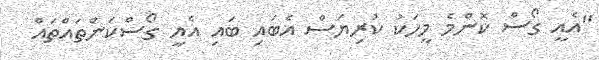
"އެއީ ގޯސް ކޮންމެ މީހަކު ކުރިޔަސް އެބައި ބައި އެއީ ގޯސްކަންތައްތައް